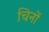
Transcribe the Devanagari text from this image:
चिनों